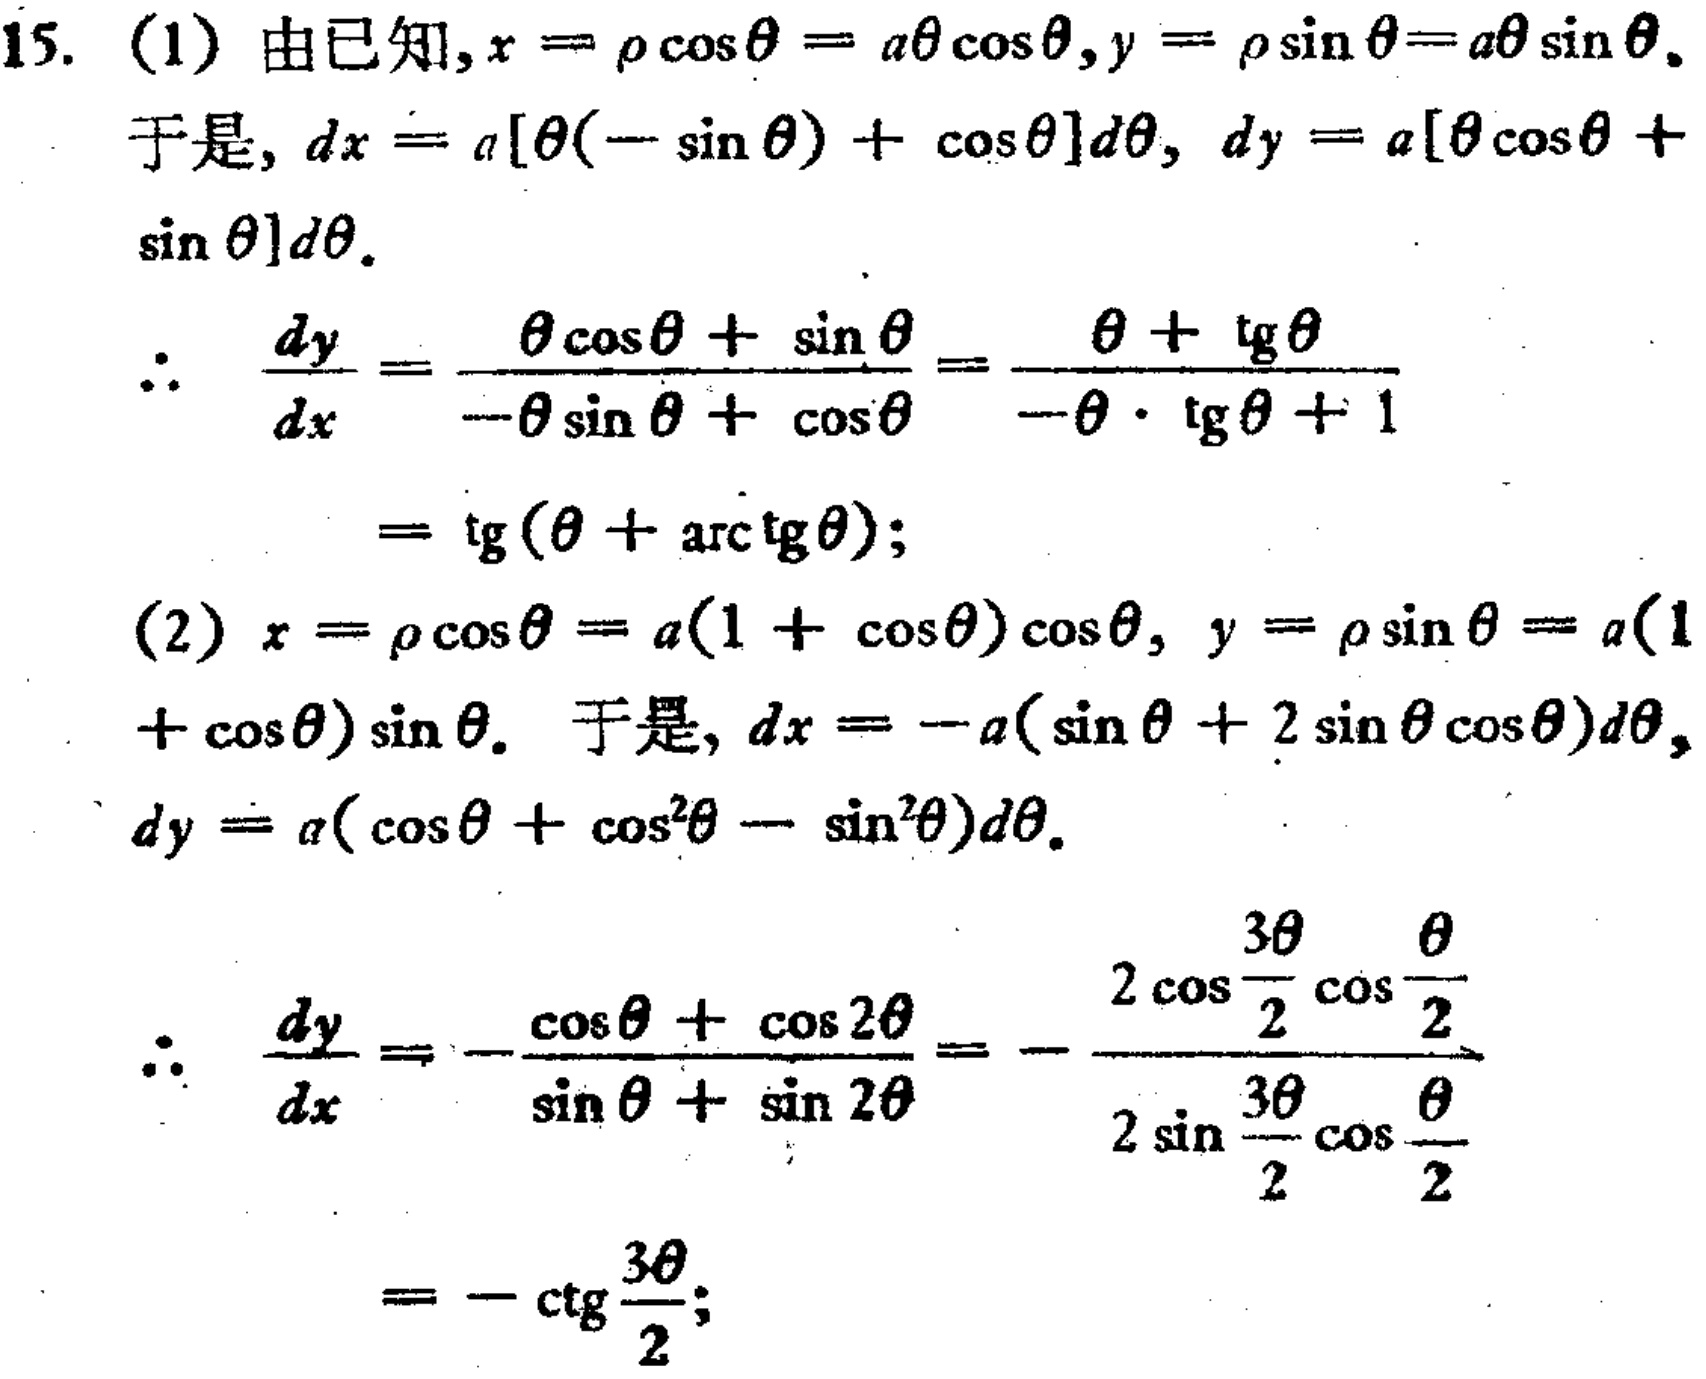
15.
(1) 由已知，\(x = \rho\cos\theta=a\theta\cos\theta\)，\(y = \rho\sin\theta=a\theta\sin\theta\)。
于是，\(dx = a[\theta(-\sin\theta)+\cos\theta]d\theta\)，\(dy = a[\theta\cos\theta+\sin\theta]d\theta\)。
\(\therefore\) \(\frac{dy}{dx}=\frac{\theta\cos\theta+\sin\theta}{-\theta\sin\theta+\cos\theta}=\frac{\theta + \tan\theta}{-\theta\cdot\tan\theta + 1}=\tan(\theta+\arctan\theta)\)；
(2) \(x = \rho\cos\theta=a(1 + \cos\theta)\cos\theta\)，\(y = \rho\sin\theta=a(1 + \cos\theta)\sin\theta\)。于是，\(dx=-a(\sin\theta + 2\sin\theta\cos\theta)d\theta\)，\(dy = a(\cos\theta+\cos^{2}\theta-\sin^{2}\theta)d\theta\)。
\(\therefore\) \(\frac{dy}{dx}=-\frac{\cos\theta+\cos2\theta}{\sin\theta+\sin2\theta}=-\frac{2\cos\frac{3\theta}{2}\cos\frac{\theta}{2}}{2\sin\frac{3\theta}{2}\cos\frac{\theta}{2}}=-\cot\frac{3\theta}{2}\)；